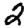
Digit: 2